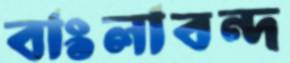
বাংলাবন্দ